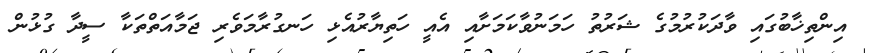
އިންތިޚާބުގައި ވާދަކުރުމުގެ ޝަރުތު ހަމަނުވާކަމަށާއި އެއީ ހަތިޔާރުއެޅި ހަނގުރާމަވެރި ޖަމާއަތްތަކާ ސީދާ ގުޅުން